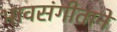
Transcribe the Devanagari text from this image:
भावसंगीताने